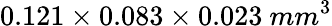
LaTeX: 0.121\times 0.083\times 0.023~mm^{3}